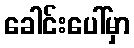
ခေါင်းပေါ်မှာ